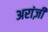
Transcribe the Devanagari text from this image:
अरांज़ी